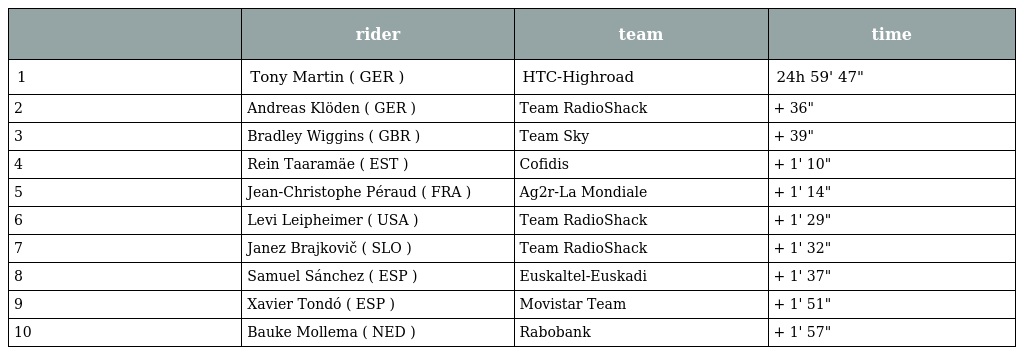
|  | rider | team | time |
 | --- | --- | --- | --- |
 | 1 | Tony Martin ( GER ) | HTC-Highroad | 24h 59' 47" |
 | 2 | Andreas Klöden ( GER ) | Team RadioShack | + 36" |
 | 3 | Bradley Wiggins ( GBR ) | Team Sky | + 39" |
 | 4 | Rein Taaramäe ( EST ) | Cofidis | + 1' 10" |
 | 5 | Jean-Christophe Péraud ( FRA ) | Ag2r-La Mondiale | + 1' 14" |
 | 6 | Levi Leipheimer ( USA ) | Team RadioShack | + 1' 29" |
 | 7 | Janez Brajkovič ( SLO ) | Team RadioShack | + 1' 32" |
 | 8 | Samuel Sánchez ( ESP ) | Euskaltel-Euskadi | + 1' 37" |
 | 9 | Xavier Tondó ( ESP ) | Movistar Team | + 1' 51" |
 | 10 | Bauke Mollema ( NED ) | Rabobank | + 1' 57" |